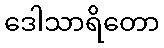
ဒေါသာရိတော